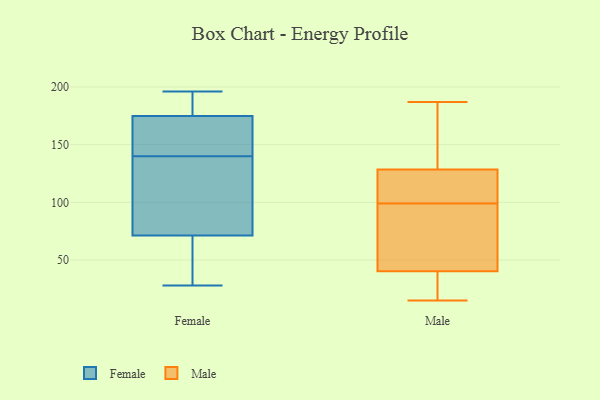
{"axis": {"x": "Churn Rate (%)", "y": "Value"}, "legend": ["Female", "Male"], "data": [{"x": "", "y": 143, "type": "Female"}, {"x": "", "y": 140, "type": "Female"}, {"x": "", "y": 105, "type": "Female"}, {"x": "", "y": 192, "type": "Female"}, {"x": "", "y": 186, "type": "Female"}, {"x": "", "y": 54, "type": "Female"}, {"x": "", "y": 173, "type": "Female"}, {"x": "", "y": 50, "type": "Female"}, {"x": "", "y": 196, "type": "Female"}, {"x": "", "y": 77, "type": "Female"}, {"x": "", "y": 140, "type": "Female"}, {"x": "", "y": 32, "type": "Female"}, {"x": "", "y": 126, "type": "Female"}, {"x": "", "y": 28, "type": "Female"}, {"x": "", "y": 161, "type": "Female"}, {"x": "", "y": 180, "type": "Female"}, {"x": "", "y": 138, "type": "Female"}, {"x": "", "y": 15, "type": "Male"}, {"x": "", "y": 65, "type": "Male"}, {"x": "", "y": 112, "type": "Male"}, {"x": "", "y": 35, "type": "Male"}, {"x": "", "y": 99, "type": "Male"}, {"x": "", "y": 163, "type": "Male"}, {"x": "", "y": 56, "type": "Male"}, {"x": "", "y": 107, "type": "Male"}, {"x": "", "y": 187, "type": "Male"}, {"x": "", "y": 131, "type": "Male"}, {"x": "", "y": 24, "type": "Male"}, {"x": "", "y": 19, "type": "Male"}, {"x": "", "y": 121, "type": "Male"}, {"x": "", "y": 90, "type": "Male"}, {"x": "", "y": 148, "type": "Male"}]}